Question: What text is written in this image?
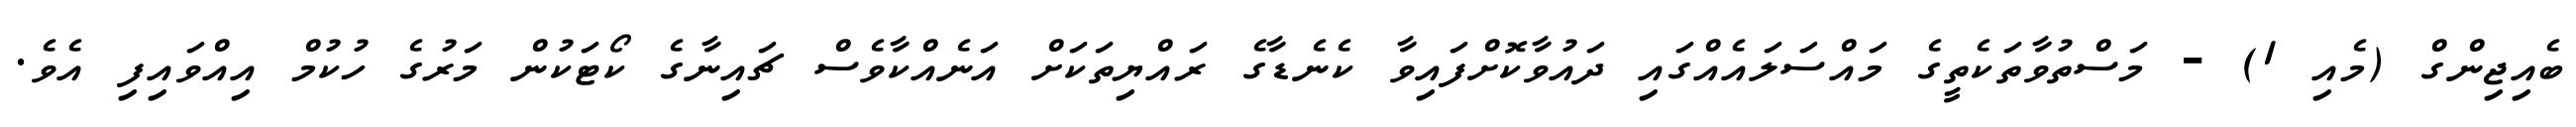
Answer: ބެއިޖިންގް (މެއި 1) - މަސްތުވާތަކެތީގެ މައްސަލައެއްގައި ދައުވާކޮށްފައިވާ ކެނެޑާގެ ރައްޔިތަކަށް އަނެއްކާވެސް ޗައިނާގެ ކޯޓަކުން މަރުގެ ހުކުމް އިއްވައިފި އެވެ.